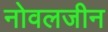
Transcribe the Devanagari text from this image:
नोवलजीन